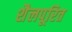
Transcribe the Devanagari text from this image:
शैलपूरित